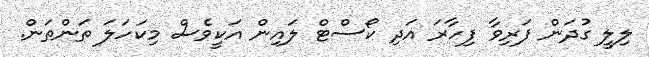
ލިލީ ގުދަން ފަރިވާ ފިހާރަ އަދި ކޯސްޓް ލައިން އަކީވެސް މިކަހަލަ ތަންތަން.